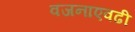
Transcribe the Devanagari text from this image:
वजनाएवढी